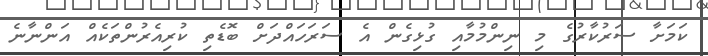
ކަމަށާ ސަރުކާރުގެ މި ނިންމުމާއި ގުޅިގެން އެ ސަރަހައްދަށް ބޮޑެތި ކުރިއެރުންތަކެއް އަންނާނެ